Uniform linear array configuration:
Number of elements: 8
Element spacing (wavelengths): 0.5
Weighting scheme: uniform
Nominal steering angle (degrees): -60
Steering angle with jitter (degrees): -58.861
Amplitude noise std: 0.05
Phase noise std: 0.05

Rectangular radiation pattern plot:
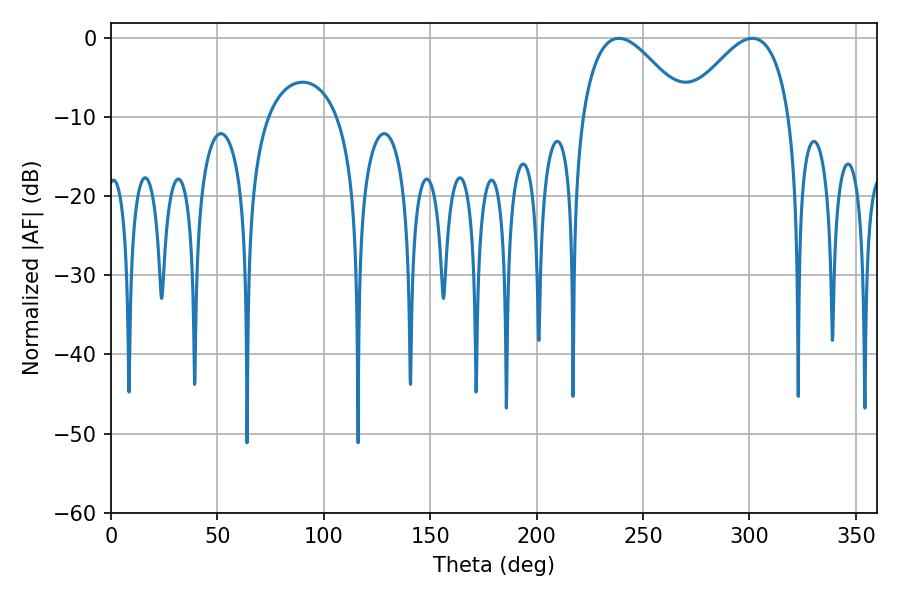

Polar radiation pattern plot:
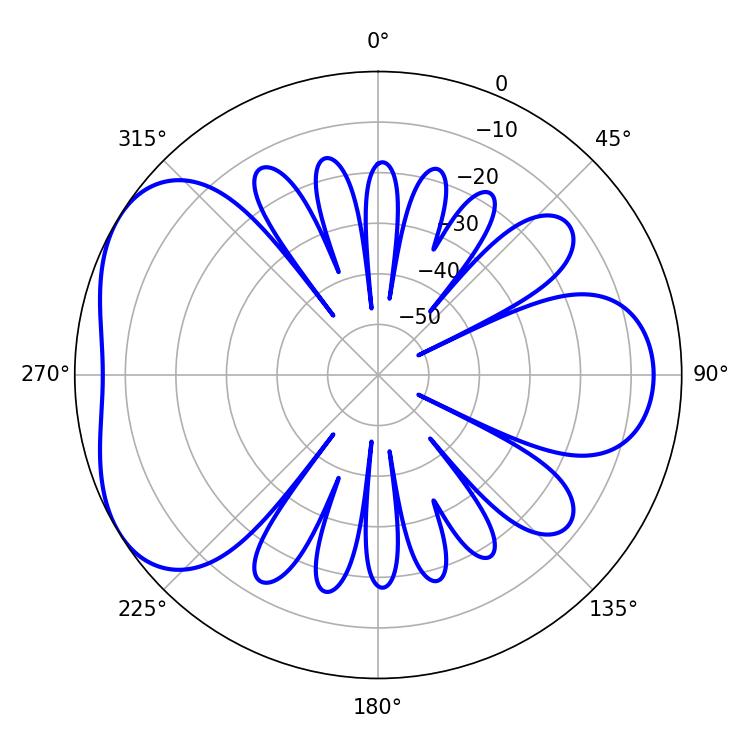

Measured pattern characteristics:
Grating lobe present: FALSE
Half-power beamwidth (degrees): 26.64
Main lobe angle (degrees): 238.68